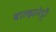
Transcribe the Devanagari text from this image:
बाल्झारेट्टी